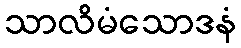
သာလိမံသောဒနံ